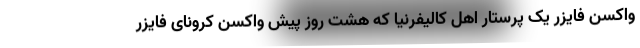
واکسن فایزر یک پرستار اهل کالیفرنیا که هشت روز پیش واکسن کرونای فایزر